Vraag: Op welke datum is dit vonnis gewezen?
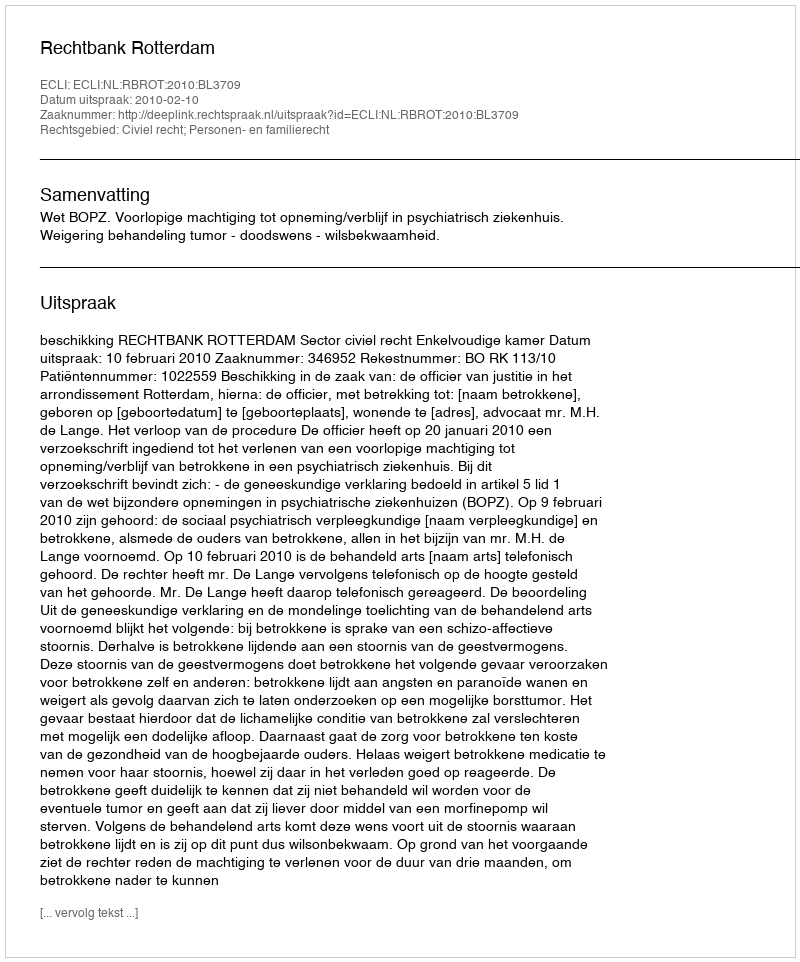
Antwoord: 2010-02-10